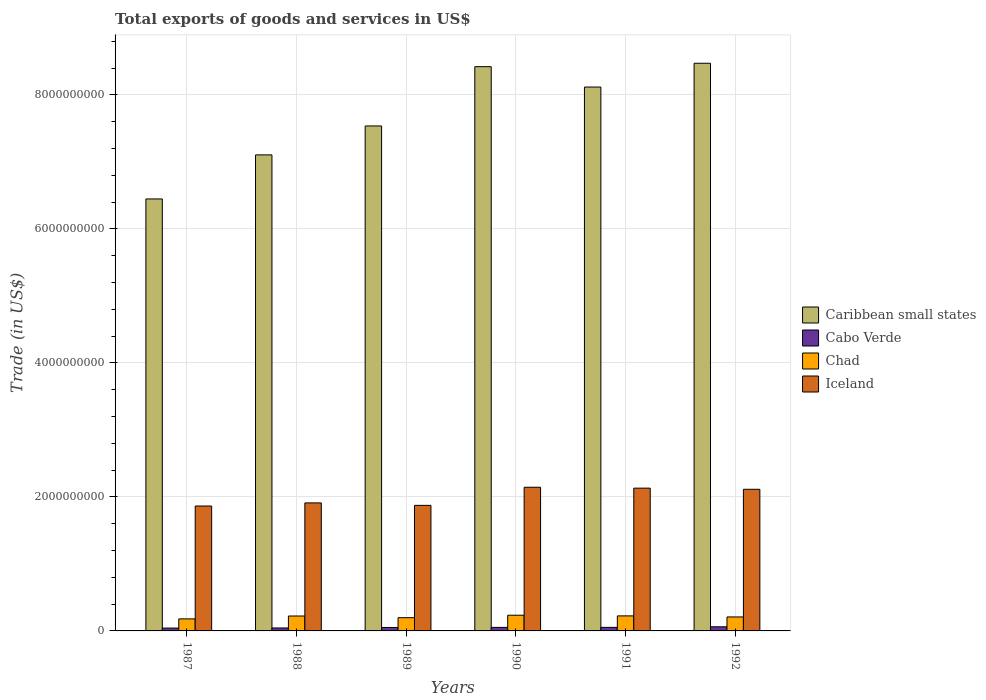
| Years | Caribbean small states | Cabo Verde | Chad | Iceland |
 | --- | --- | --- | --- | --- |
 | 1987 | 6.45e+09 | 4.26e+07 | 1.8e+08 | 1.86e+09 |
 | 1988 | 7.11e+09 | 4.42e+07 | 2.23e+08 | 1.91e+09 |
 | 1989 | 7.54e+09 | 5.14e+07 | 1.98e+08 | 1.87e+09 |
 | 1990 | 8.42e+09 | 5.26e+07 | 2.34e+08 | 2.14e+09 |
 | 1991 | 8.12e+09 | 5.3e+07 | 2.24e+08 | 2.13e+09 |
 | 1992 | 8.47e+09 | 6.17e+07 | 2.09e+08 | 2.11e+09 |